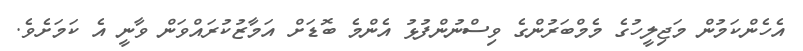
އެހެންކަމުން މަޖިލީހުގެ މެމްބަރުންގެ ވިސްނުންފުޅު އެންމެ ބޮޑަށް އަމާޒުކުރައްވަން ވާނީ އެ ކަމަށެވެ.